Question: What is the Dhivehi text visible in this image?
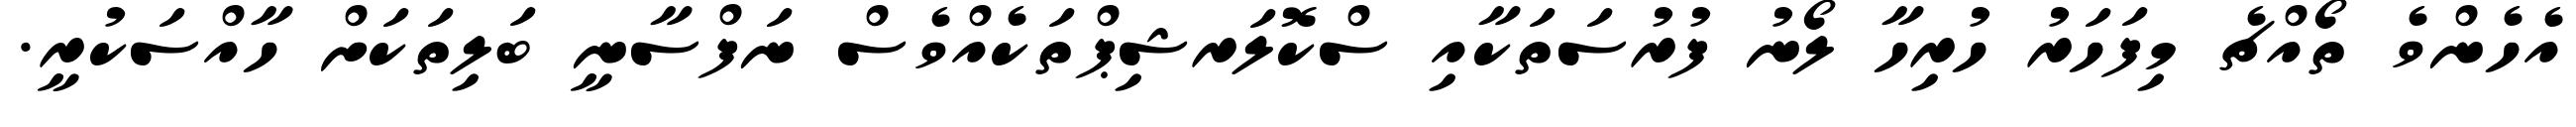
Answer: އެހެންވެ ތޯއްޗެ މިފަހަރު ހުރިހާ ލޯނު ފުރުސަތަކާއި ސްކޮލަރޝިޕްތަކެއްވެސް ނަފްސާނީ ބަލިތަކަށް ހާއްސަކުރީ.